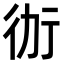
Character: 𭄤